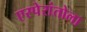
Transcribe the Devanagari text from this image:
एस्पेरांतोला